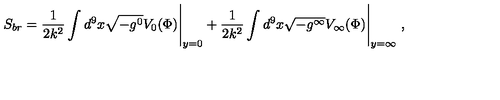
S _ { b r } = \frac { 1 } { 2 k ^ { 2 } } \int d ^ { 9 } x \sqrt { - g ^ { 0 } } V _ { 0 } ( \Phi ) \Bigg | _ { y = 0 } + \frac { 1 } { 2 k ^ { 2 } } \int d ^ { 9 } x \sqrt { - g ^ { \infty } } V _ { \infty } ( \Phi ) \Bigg | _ { y = \infty } \ ,